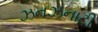
ઝનઝનાટી